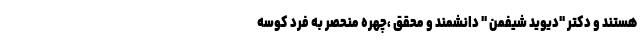
هستند و دکتر "دیوید شیفمن " دانشمند و محقق ،چهره منحصر به فرد کوسه